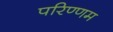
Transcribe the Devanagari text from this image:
परिण्णम